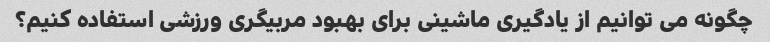
چگونه می توانیم از یادگیری ماشینی برای بهبود مربیگری ورزشی استفاده کنیم؟